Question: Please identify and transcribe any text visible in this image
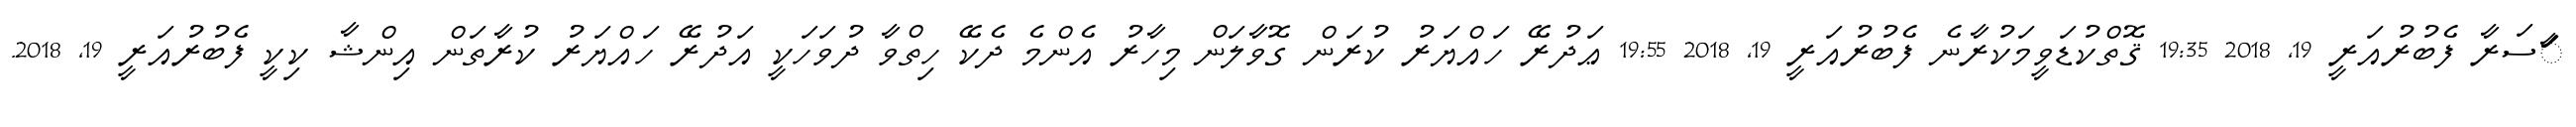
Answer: ާަަސަރާ ފެބުރުއަރީ 19, 2018 19:35 ޤޮތްކުޑަވީމަކުރާނެ ފެބުރުއަރީ 19, 2018 19:55 ޢަދުރޭ ހައްޔަރު ކުރަން ގޮވާލަން މިހާރު އެންމެ ދެކޭ ހިތްވާ ދުވަހަކީ އަދުރޭ ހައްޔަރު ކުރާތަން އިންޝާ ކިކީ ފެބުރުއަރީ 19, 2018.